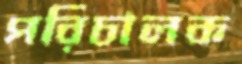
পরিচালক